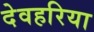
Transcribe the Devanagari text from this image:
देवहरिया